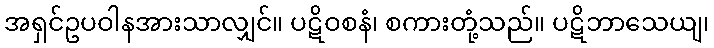
အရှင်ဥပဝါနအားသာလျှင်။ ပဋိဝစနံ၊ စကားတုံ့သည်။ ပဋိဘာသေယျ၊